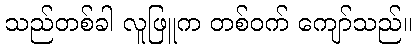
သည်တစ်ခါ လူဖြူက တစ်ဝက် ကျော်သည်။